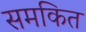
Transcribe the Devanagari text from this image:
समकित